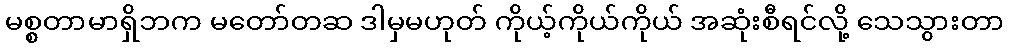
မစ္စတာမာရှိဘက မတော်တဆ ဒါမှမဟုတ် ကိုယ့်ကိုယ်ကိုယ် အဆုံးစီရင်လို့ သေသွားတာ